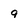
Character: 9